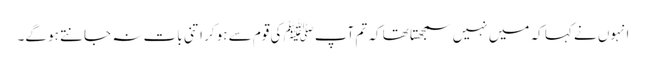
انہوں نے کہا کہ میں نہیں سمجھتا تھا کہ تم آپﷺ کی قوم سے ہو کر اتنی بات نہ جانتے ہو گے۔